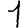
Digit: 1